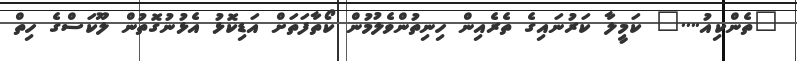
"ތެންކިއު...." ކަމީލާ ކަރުނައިގެ ތެރެއިން ހިނިތުންވެލުމުން ކޯތާފަތަށް އަޑިކޮޅު އެޅުނުގޮތުން ލޫކަސްގެ ހިތް